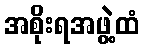
အစိုးရအဖွဲ့ထံ